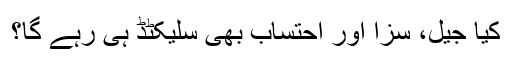
کیا جیل، سزا اور احتساب بھی سلیکٹڈ ہی رہے گا؟